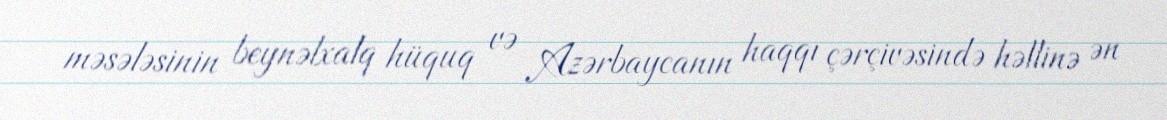
məsələsinin beynəlxalq hüquq və Azərbaycanın haqqı çərçivəsində həllinə ən